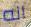
انه